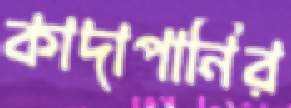
কাদাপানির